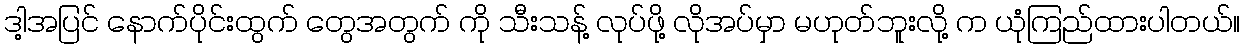
ဒါ့အပြင် နောက်ပိုင်းထွက် တွေအတွက် ကို သီးသန့် လုပ်ဖို့ လိုအပ်မှာ မဟုတ်ဘူးလို့ က ယုံကြည်ထားပါတယ်။